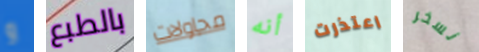
و بالطبع محاولات أنه اعتذرت نسخر